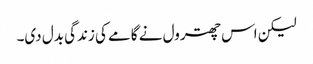
لیکن اس چھترول نے گامے کی زندگی بدل دی۔